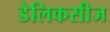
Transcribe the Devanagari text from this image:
डेलिकसीज